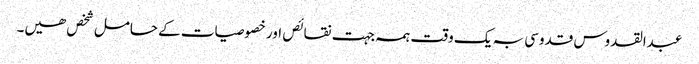
عبدالقدوس قدوسی بہ یک وقت ہمہ جہت نقائص اور خصوصیات کے حامل شخص ھیں۔